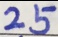
2 5